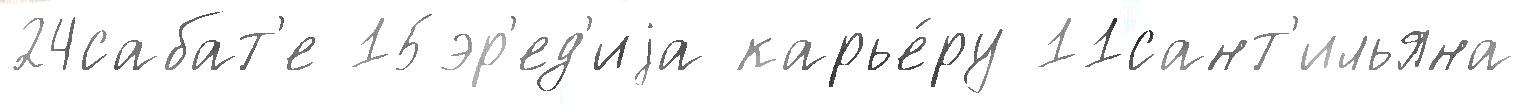
24сабат'е 15эр'ед'иjа карье́ру 11сант'ильяна